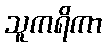
သူကရိကာ